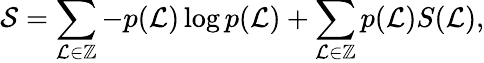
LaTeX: \mathcal{S}=\sum_{\mathcal{L}\in\mathbb{Z}}-p(\mathcal{L})\log p(\mathcal{L})+\sum_{\mathcal{L}\in\mathbb{Z}}p(\mathcal{L})S(\mathcal{L}),